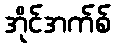
အိုင်အက်စ်